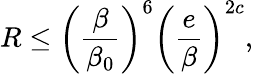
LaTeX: R\leq\left(\frac{\beta}{\beta_{0}}\right)^{6}\left(\frac{e}{\beta}\right)^{2c},